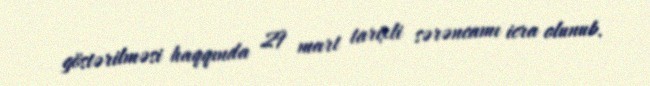
göstərilməsi haqqında 29 mart tarixli sərəncamı icra olunub.